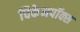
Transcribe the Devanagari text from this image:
चिकेनपॉक्स